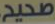
صحيح